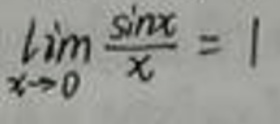
\[
\lim_{x \to 0} \frac{\sin x}{x} = 1
\]